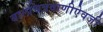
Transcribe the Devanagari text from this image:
बालचित्रवाणीऐवजी